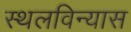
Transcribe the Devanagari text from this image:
स्थलविन्यास